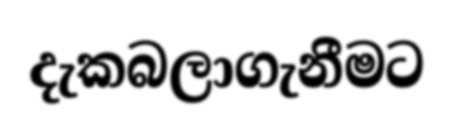
දැකබලාගැනීමට